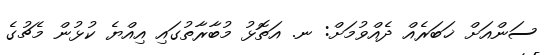
ސަންއަށް ޚަބަރެއް ދެއްވުމަށް: ނ. އަތޮޅު މުބާރާތުގައި އިއްޔެ ކުޅުން މެޗުގެ